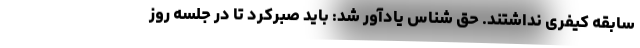
سابقه کیفری نداشتند. حق شناس یادآور شد: باید صبرکرد تا در جلسه روز